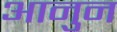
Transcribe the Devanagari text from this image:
आनुन